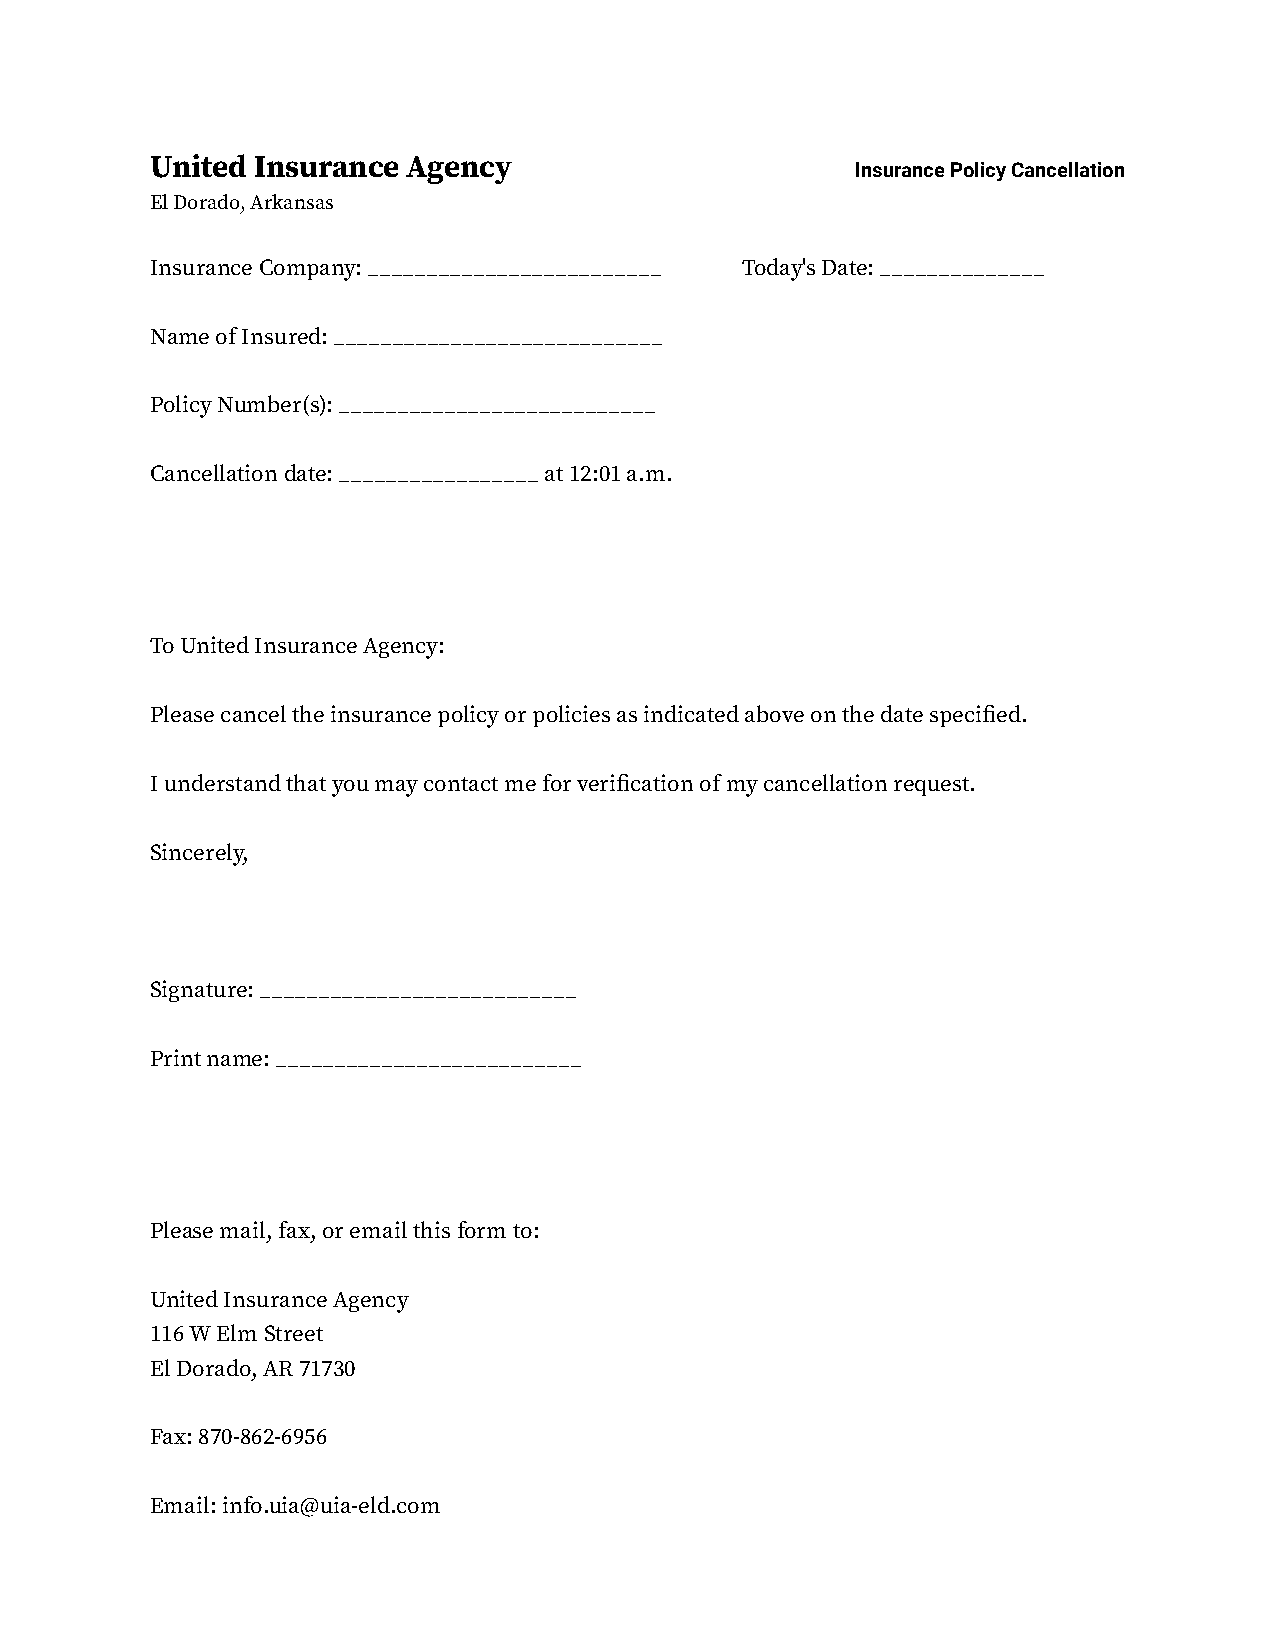
United Insurance Agency                        Insurance Policy Cancellation
 El Dorado, Arkansas
 Insurance Company: _________________________ Today's Date: ______________
 Name of Insured: ____________________________
 Policy Number(s): ___________________________
 Cancellation date: _________________ at 12:01 a.m.
 To United Insurance Agency:
 Please cancel the insurance policy or policies as indicated above on the date specified.
 I understand that you may contact me for verification of my cancellation request.
 Sincerely,
 Signature: ___________________________
 Print name: __________________________
 Please mail, fax, or email this form to:
 United Insurance Agency
 116 W Elm Street
 El Dorado, AR 71730
 Fax: 870-862-6956
 Email: info.uia@uia-eld.com